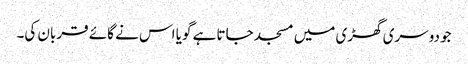
جو دوسری گھڑی میں مسجد جاتا ہے گویا اس نے گائے قربان کی۔